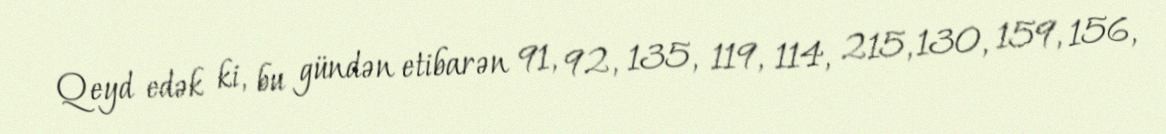
Qeyd edək ki, bu gündən etibarən 91, 92, 135, 119, 114, 215, 130, 159, 156,